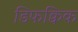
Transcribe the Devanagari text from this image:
डिफक्विक